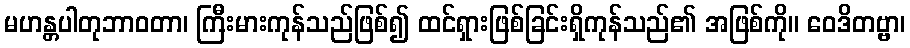
မဟန္တပါတုဘာဝတာ၊ ကြီးမားကုန်သည်ဖြစ်၍ ထင်ရှားဖြစ်ခြင်းရှိကုန်သည်၏ အဖြစ်ကို။ ဝေဒိတဗ္ဗာ၊